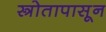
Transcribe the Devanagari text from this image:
स्त्रोतापासून